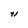
Character: N